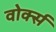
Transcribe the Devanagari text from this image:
वोर्क्स